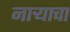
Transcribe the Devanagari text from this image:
नाऱ्याचा